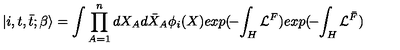
| i , t , { \bar { t } } ; \beta \rangle = \int \prod _ { A = 1 } ^ { n } d X _ { A } d { \bar { X } } _ { A } \phi _ { i } ( X ) e x p ( \! - \! \int _ { H } { \cal L } ^ { F } ) e x p ( \! - \! \int _ { H } { \cal L } ^ { \bar { F } } )